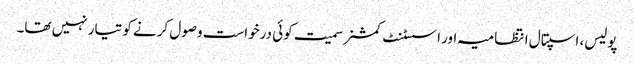
پولیس، اسپتال انتظامیہ اور اسسٹنٹ کمشنر سمیت کوئی درخواست وصول کرنے کو تیار نہیں تھا۔